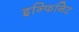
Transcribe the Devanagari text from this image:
इन्फिनिट